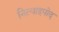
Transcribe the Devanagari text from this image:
नित्याइपोद